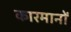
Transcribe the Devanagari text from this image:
कारमानों